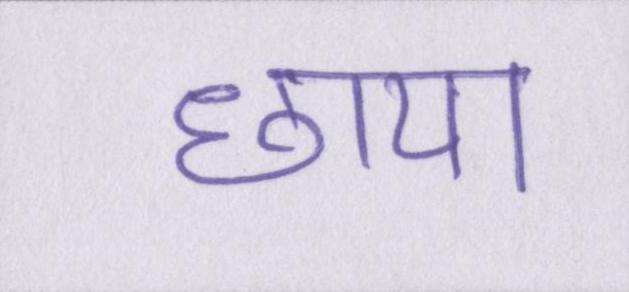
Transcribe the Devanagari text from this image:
छाया